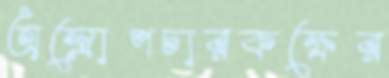
অস্ত্রোপচারকক্ষের